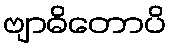
ဗျာဓိတောပိ